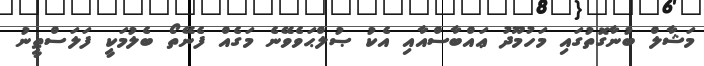
މަޝާލް ބުނާގޮތުގައި މަހުމޫދު ޢައްބާސްއާއި އެކު ޞުލްޙަވެވޭނެ މަގެއް ފެނޭތޯ ބެލުމަކީ ފަލަސްޠީނު